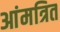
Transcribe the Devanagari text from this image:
आंमत्रित